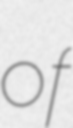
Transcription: of